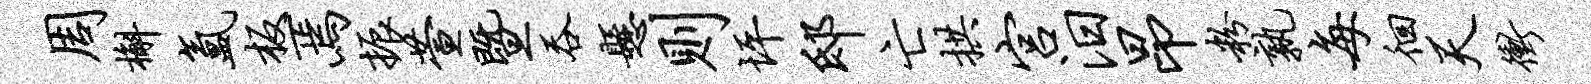
周槲氲板焉振萱暨吞悬则坪邸亡拱宫汨昂粉孰每徊天冲